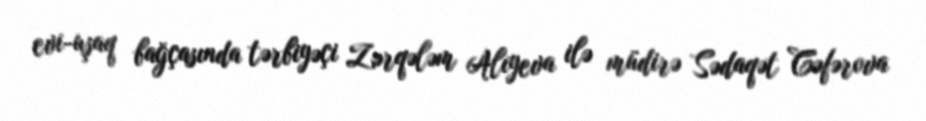
evi-uşaq bağçasında tərbiyəçi Zərqələm Alıyeva ilə müdirə Sədaqət Cəfərova